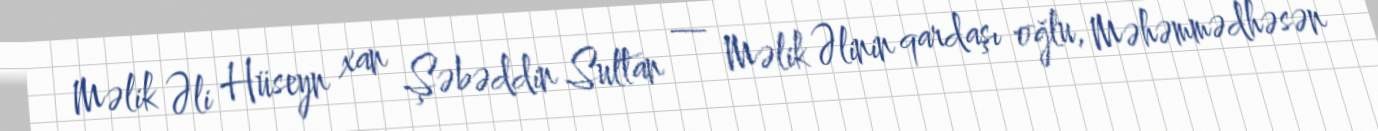
Məlik Əli Hüseyn xan Şəbəddin Sultan — Məlik Əlinin qardaşı oğlu, Məhəmmədhəsən